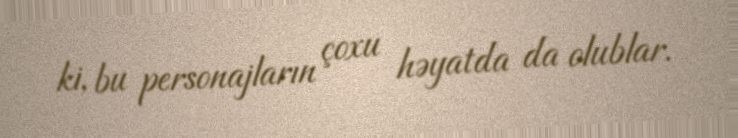
ki, bu personajların çoxu həyatda da olublar.